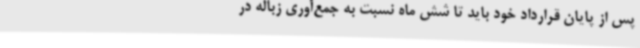
پس از پایان قرارداد خود باید تا شش ماه نسبت به جمع‌آوری زباله در